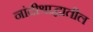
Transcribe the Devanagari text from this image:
नांदीश्राद्धातील